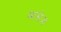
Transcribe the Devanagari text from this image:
मासेज